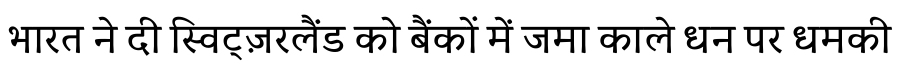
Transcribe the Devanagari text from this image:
भारत ने दी स्विट्ज़रलैंड को बैंकों में जमा काले धन पर धमकी